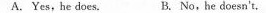
A.Yes,he does. B、No,he doesn't,